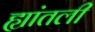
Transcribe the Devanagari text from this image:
ह्यांतली